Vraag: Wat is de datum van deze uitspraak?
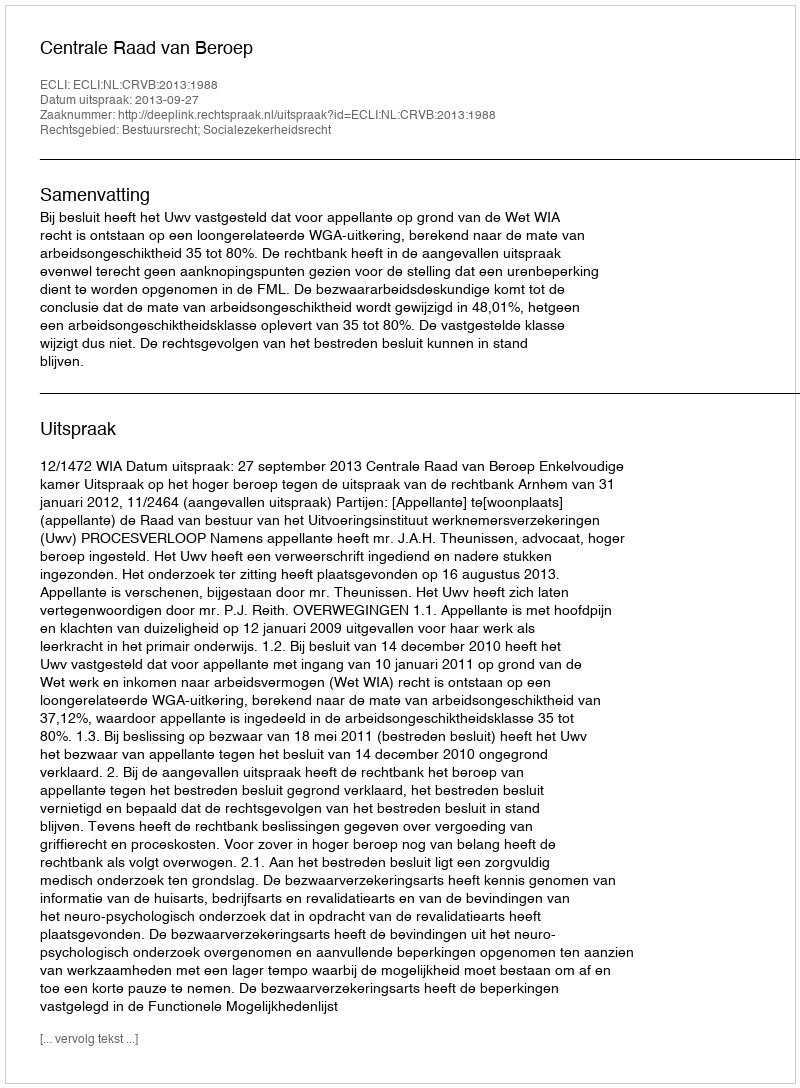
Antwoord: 2013-09-27